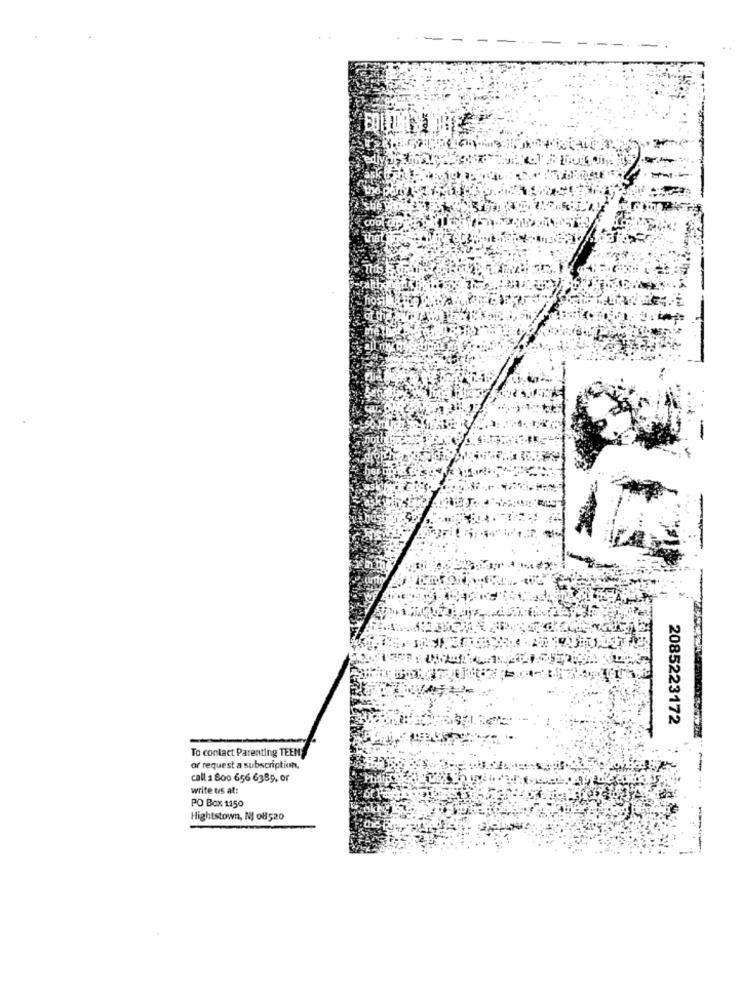
VES
2085223172
To contact Parenting TEEN
or request a subscription,
-
call 1 800 656 6389, or
write us at:
PO Box 1150
Hightstown, NJ 08520